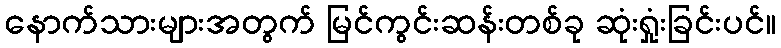
နောက်သားများအတွက် မြင်ကွင်းဆန်းတစ်ခု ဆုံးရှုံးခြင်းပင်။